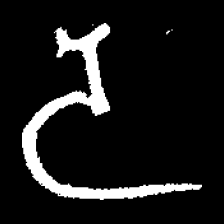
Pyu character \u2014 Myanmar letter: ဒ (romanized: da)